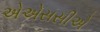
એએસસીએ